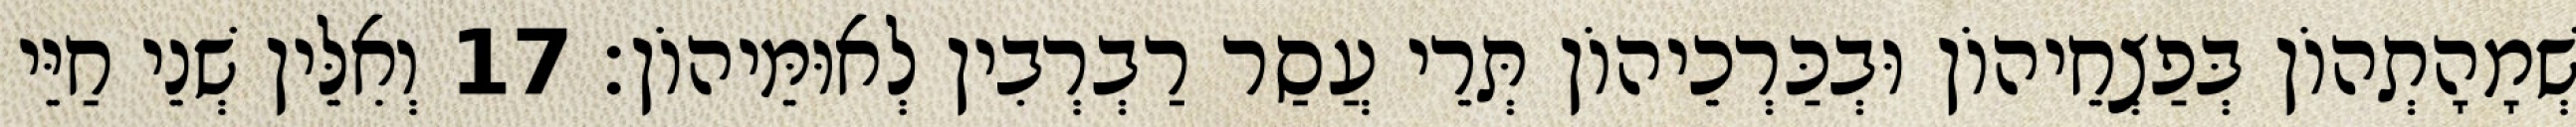
שְׁמָהָתְהוֹן בְּפַצְחֵיהוֹן וּבְכַּרְכֵיהוֹן תְּרֵי עֲסַר רַבְרְבִין לְאוּמֵּיהוֹן׃ 17 וְאִלֵּין שְׁנֵי חַיֵּי